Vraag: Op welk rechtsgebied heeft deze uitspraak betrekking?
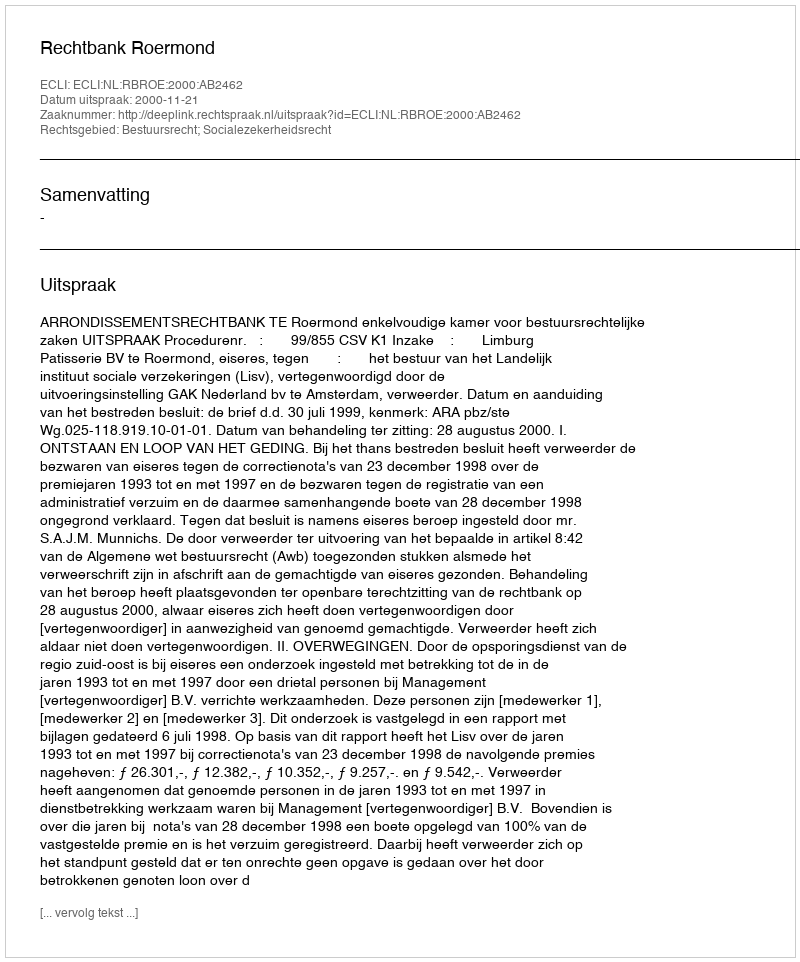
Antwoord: Bestuursrecht; Socialezekerheidsrecht